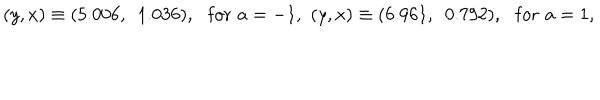
LaTeX: ( y , x ) \equiv ( 5 . 0 0 6 , ~ ~ 1 . 0 3 6 ) , \, \, \, \, \mathrm { f o r } \, \, a = - 1 , \, \, ( y , x ) \equiv ( 6 . 9 6 1 , ~ ~ 0 . 7 9 2 ) , \, \, \, \, \mathrm { f o r } \, \, a = 1 , \, \,